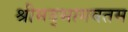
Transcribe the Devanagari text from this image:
श्रीमद्भागवतम